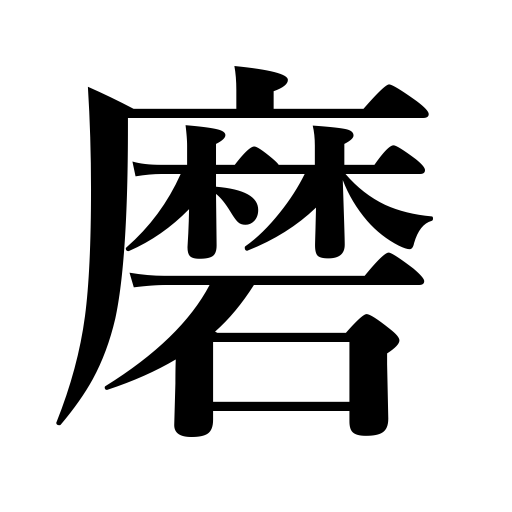
Meanings: cultivate character,scour,shine shoes,brush teeth,improve skill,train the mind,polish